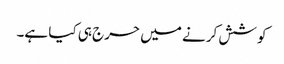
کو شش کرنے میں حرج ہی کیا ہے۔